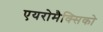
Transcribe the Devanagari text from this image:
एयरोमैक्सिको